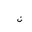
Letter: _non